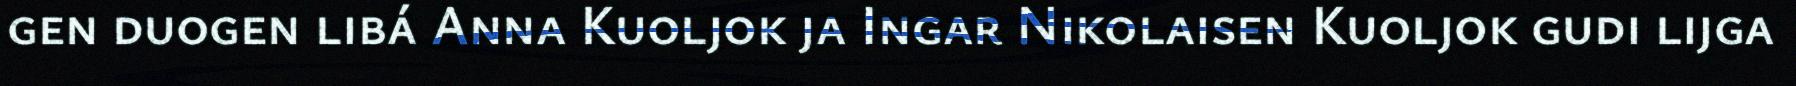
gen duogen libá Anna Kuoljok ja Ingar Nikolaisen Kuoljok gudi lijga